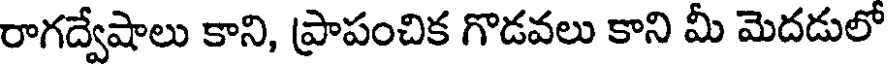
రాగద్వేషాలు కాని, ప్రాపంచిక గొడవలు కాని మీ మెదడులో